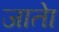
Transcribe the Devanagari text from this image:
जाताे